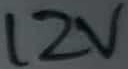
Text: 12V